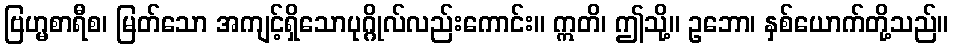
ဗြဟ္မစာရီစ၊ မြတ်သော အကျင့်ရှိသောပုဂ္ဂိုလ်လည်းကောင်း။ ဣတိ၊ ဤသို့။ ဥဘော၊ နှစ်ယောက်တို့သည်။